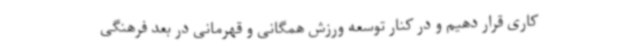
کاری قرار دهیم و در کنار توسعه ورزش همگانی و قهرمانی در بعد فرهنگی